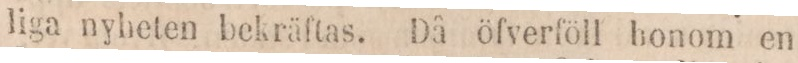
liga nyheten bekräftas. Då öfverföll honom en